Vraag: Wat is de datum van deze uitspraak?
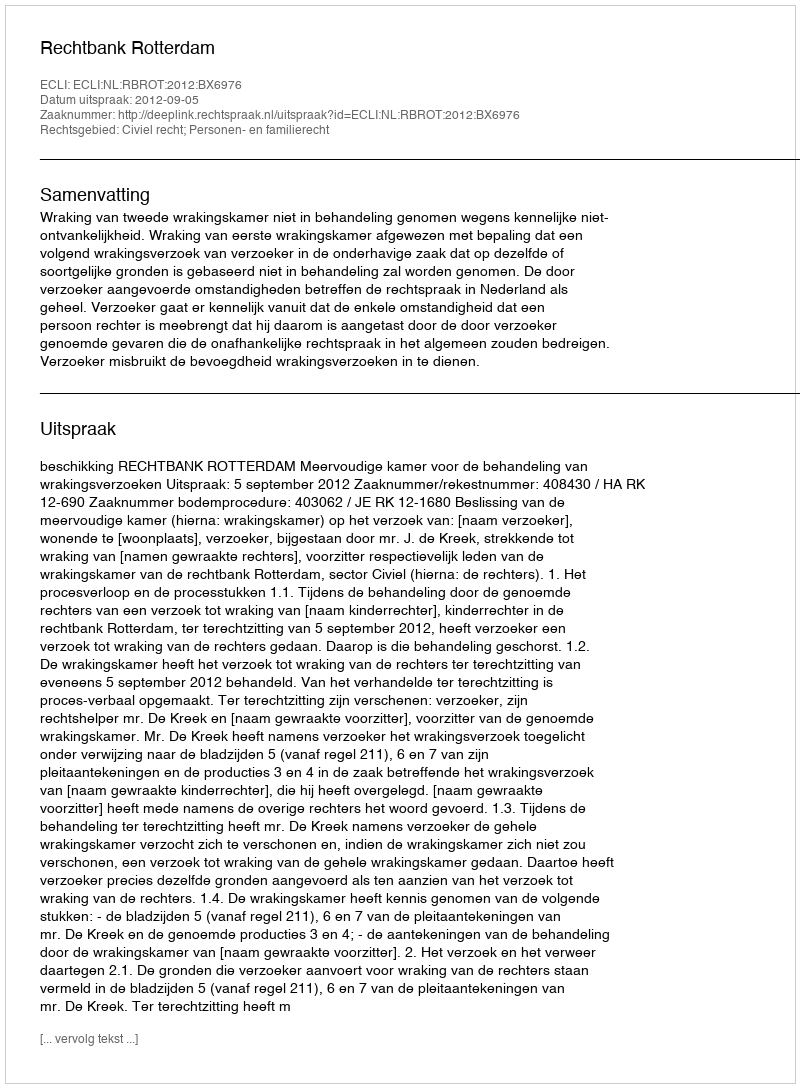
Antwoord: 2012-09-05